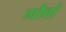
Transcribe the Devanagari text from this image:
गौवों